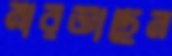
মারতাছেন